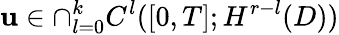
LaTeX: \mathbf{u}\in\cap_{l=0}^{k}C^{l}([0,T];H^{r-l}(D))